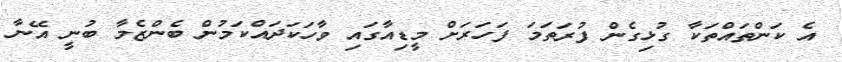
އެ ކަންތައްތަކާ ގުޅިގެން ފުރަތަމަ ފަހަރަށް މީޑިއާގައި ވާހަކަދައްކަމުން ބެންޒެމާ ބުނީ އޭނާ